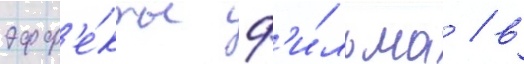
эфф'е́кты ф'и́льма / в